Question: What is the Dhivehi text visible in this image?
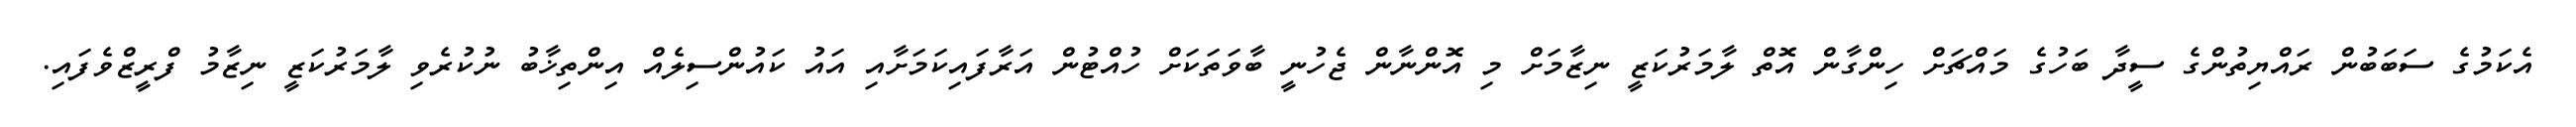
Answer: އެކަމުގެ ސަބަބުން ރައްޔިތުންގެ ސީދާ ބަހުގެ މައްޗަށް ހިންގާން އޮތް ލާމަރުކަޒީ ނިޒާމަށް މި އޮންނާން ޖެހުނީ ބާވަތަކަށް ހުއްޓުން އަރާފައިކަމަށާއި އައު ކައުންސިލެއް އިންތިޚާބު ނުކުރެވި ލާމަރުކަޒީ ނިޒާމު ފްރީޒްވެފައި.